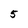
Character: 5